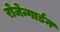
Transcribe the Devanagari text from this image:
रोजेन्गार्डन